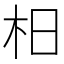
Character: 𣏬